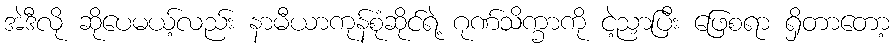
အဲဒီလို ဆိုပေမယ့်လည်း နာမီယာကုန်စုံဆိုင်ရဲ့ ဂုဏ်သိက္ခာကို ငဲ့ညှာပြီး ဖြေစရာ ရှိတာတော့